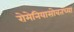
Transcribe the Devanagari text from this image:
रोमेनियासोबतच्या